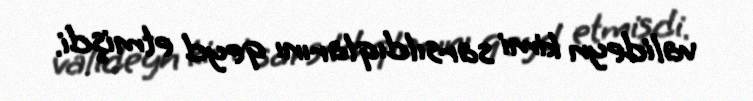
valideyn kimi sarsıldıqlarını qeyd etmişdi.